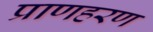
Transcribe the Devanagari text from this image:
प्राणहरण